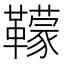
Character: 𩍬